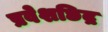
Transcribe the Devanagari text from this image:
प्रवेशछिद्र